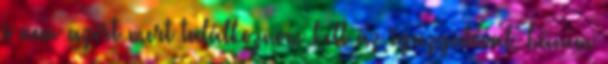
s nem azért mert találkoznom kell az igazgatóval, hanem